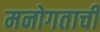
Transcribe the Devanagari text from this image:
मनोगताची